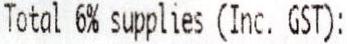
TOTAL 6% SUPPLIES (INC. GST):